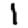
Digit: 1